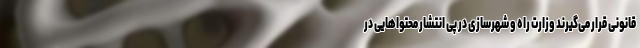
قانونی قرار می‌گیرند وزارت راه و شهرسازی در پی انتشار محتواهایی در